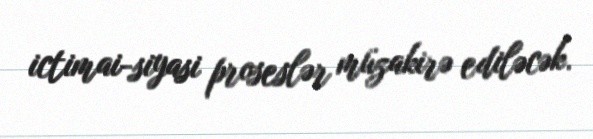
ictimai-siyasi proseslər müzakirə ediləcək.